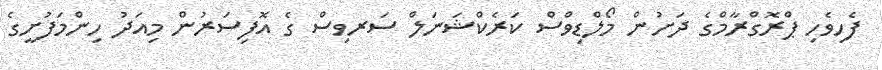
ފެހިވެހި ޕްރޮގްރާމްގެ ދަށުން މޯލްޑިވްސް ކަރެކްޝަނަލް ސަރވިސް ގެ އޮފިސަރުން މިއަދު ހިންމަފުށީގެ